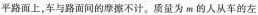
平路面上，车与路面间的摩擦不计。质量为m的人从车的左